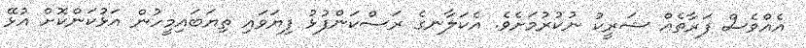
އެއްވެސް ފަރާތެއް ޝަރީކު ނުކުރުމަށެވެ. އެކަލާނގެ ރަސްކަންފުޅު ފިޔަވައި ތިޔަބައިމީހުން އަޅުކަންކޮށް އުޅޭ